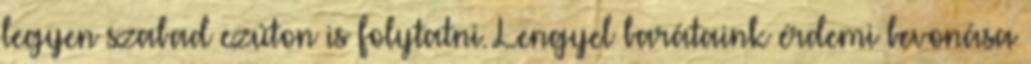
legyen szabad ezúton is folytatni. Lengyel barátaink érdemi bevonása